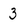
Character: 3